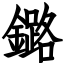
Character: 鏴